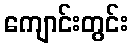
ကျောင်းတွင်း